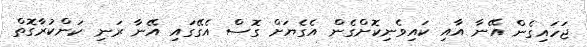
ޖަހައިގެން އޭނާ އާއި ކައިވެނިކޮށްގެން އެގެޔަށް ގޮސް އެގޭގައި އޭނާ ރަނި ކަންކުރާގޮތް